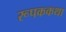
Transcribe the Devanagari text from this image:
रूपककथा